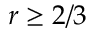
r \geq 2 / 3